Vital statistics of India. Vol. V, Reports of 1876 on armies & jails and on epidemic cholera
Year: 1876
Disease focus: Cholera
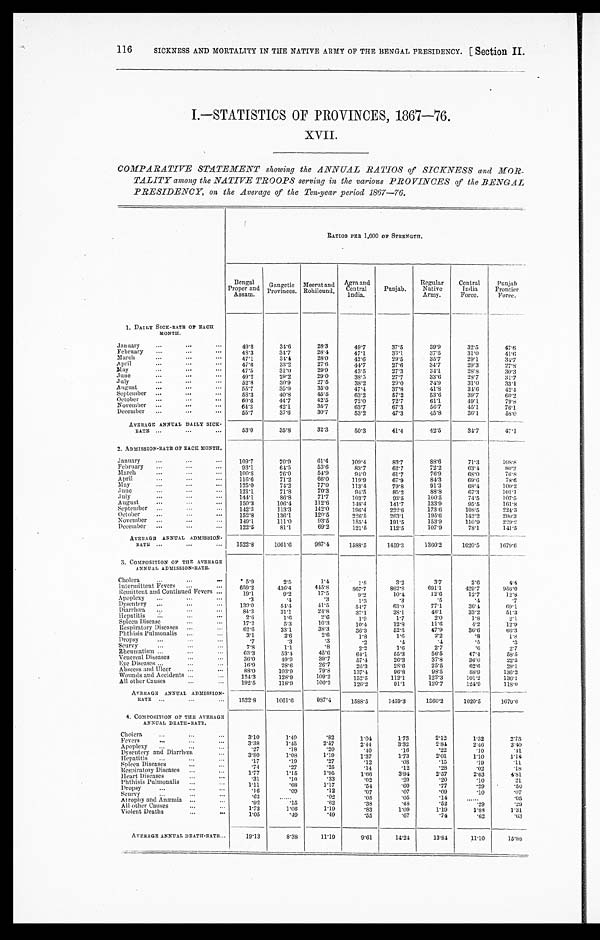
SICKNESS AND MORTALITY IN THE NATIVE ARMY OF THE BENGAL PRESIDENCY. (Section II.
116
I.—STATISTICS OF PROVINCES, 1867—76.
XVII.
COMPARATIVE STATEMENT showing the ANNUAL RATIOS of SICKNESS and MOR
- T A L I T Y a m o n g t h e N A T I V E T R O O P S s e r v i n g i n t h e v a r i o u s P R O V I N C E S o f t h e B E N G A L
PRESIDENCY, on the Average of the Ten-year period 1867—76.
R A T I O S P E R 1 , 0 0 0 O F S T R E N G T H .
Bengal
Proper and
Assam.
Gangetic
Provinces.
Meerut and
Rohilcund.
Agra and
Central
India.
Punjab.
Regular
Native
Army.
Central
India
Force.
P u n j a b
Frontier
Force.
1. DAILY SICK-RATE OF EACH
MONTH.
J a n u a r y . . .
49.8
34.6
28.3
49.7
37.5
39.9
32.5
47.6
February . . .
48.3
34.7
28.4
47.1
33.1
37.5
31.0
4 1 . 6
March . . .
47.1
34.4
28.0
42.6
29.5
35.7
29.1
34.7
April . . .
47.6
33.2
27.6
44.7
27.6
34.7
29.3
2 7 . 8
May . . .
47.5
31.0
29.9
43.5
27.3
34.1
30.3
28.8
June . . .
49.2
29.2
29.0
38.5
27.7
33.6
28.7
3 1 . 7
July . . .
52.8
30.9
27.5
38.2
29.0
34.9
31.0
33.1
August . . .
55.7
35.9
35.0
47.4
37.8
41.8
34.6
42.4
September . . .
58.3
40.8
45.5
63.2
57.2
53.6
39.7
6 0 . 2
October . . .
60.6
44.7
42.5
72.0
72.7
61.1
49.1
79.8
64.3
November . . .
42.1
35.7
63.7
67.3
56.7
45.1
76.1
December . . .
55.7
37.6
30.7
53.2
47.3
45.8
36.1
58.0
AVERAGE ANNUAL DAILY SIC K-
RATE . . .
53.0
35.8
32.3
50.3
41.4
42.5
34.7
47.1
2. ADMISSION-RATE OF EACH MONTH.
January . . .
109.7
70.9
61.4
109.4
83.7
88.6
71.3
108.8
February . . .
93.1
64.5
53.6
83.7
62.7
72.2
63.4
80.2
March . . .
100.8
76.0
54.9
94.0
61.7
76.9
68.0
7 6 . 8
April . . .
116.6
71.2
66.0
119.9
67.9
84.3
69.6
78.6
May . . .
125.0
74.2
77.0
113.4
79.8
91.3
68.4
100.2
June . . .
121.1
71.8
70.3
94.5
85.2
88.8
67.3
101.1
July . . .
144.1
86.8
71.7
103.7
93.5
100.5
74.5
107.5
August . . .
150.3
106.4
112.6
148.4
141.7
133.9
95.5
161.8
September . . .
142.3
113.3
142.0
196.4
222.6
173.6
108.5
224.3
October . . .
152.8
136.1
120.5
226.5
263.1
195.6
142.2
290.3
November . . .
149.1
111.0
93.5
185.4
191.5
153.9
110.9
2 2 9 . 2
December . . .
122.5
81.1
69.2
121.5
112.5
107.9
78.1
141.5
AVERAGE ANNUAL ADMISSION -
RATE . . .
1522.8
1061.6
987.4
1588.5
1459.3
1360.2
1020.5
1679.6
3. COMPOSITION OF THE AVERAGE
ANNUAL ADMISSION-RATE.
Cholera . . .
5.9
2.5
1 . 4
1 . 8
3 . 2
3.7
2. 6
4.4
Intermittent Fevers . . .
659.2
436.4
445.8
867.7
862.8
691.1
429.7
9 5 6 . 0
Remittent and Continued Fevers . . .
19.1
9.2
17.5
9 . 2
10.4
12.6
12. 7
12.8
Apoplexy . . .
.3
. 4
.3
1.3
.3
. 5
. 4
. 7
Dysentery . . .
139.0
54.4
41.5
54.7
63.9
77.1
36. 4
69.1
Diarrhœa . . .
84.3
31.1
24.8
37.1
38.1
46.1
33.2
51.3
Hepatitis . . .
2.6
1.6
2.6
1.9
1.7
2.0
1.8
2.1
Spleen Disease . . .
17.2
5.3
10.3
10.4
12.8
11.6
4 . 2
12.9
Respiratory Diseases . . .
62.6
33.1
38.3
36.3
52.3
47.9
36.6
66.3
Phthisis Pulmonalis . . .
3.1
2.6
2 . 6
1 . 8
1.6
2.2
.8
1 . 8
Dropsy . . .
.7
.3
.3
.2
.4
.4
. 5
. 3
Scurvy . . .
7.8
1.1
.8
2.2
1.6
2.7
.6
2.7
Rheumatism . . .
63.3
53.4
4 5 . 6
6 4 . 1
55.3
56.5
47.4
58.5
Venereal Diseases . . .
36.0
49.9
39.7
57.4
26.3
37.8
36.0
22.3
Eye Diseases . . .
16.9
28.6
26.7
26.3
28.6
25.5
62.6
28.1
Abscess and Ulcer . . .
88.0
103.9
79.8
137.4
96.8
98.5
88. 9
136.2
Wounds and Accidents . . .
124.3
128.9
109.2
152.5
112.1
123.3
101.2
136.1
All other Causes . . .
192.5
118.9
100.2
126.2
91.1
120.7
124.9
118.0
AVERAGE ANNUAL ADMISSION-
RATE . . .
1522.8
1061.6
987.4
1588.5
1459.3
1360.2
1020.5
1679.6
4. COMPOSITION OF THE AVERAGE
ANNUAL. DEATH-RATE.
Cholera . . .
3.10
1.49
. 8
1.04
1.73
2.12
1.32
2 . 7 3
Fevers . . .
3.38
1.45
2.57
2.44
3.32
2.84
2.46
3 . 4 0
Apoplexy . . .
.2 7
.18
.2 0
. 4 0
. 1 6
.22
.10
.41
Dysentery and Diarrhœa . . .
3.80
1.08
1.19
1 . 3 7
1.73
2.01
1.10
1 . 1 8
Hepatitis . . .
.17
.19
.27
.12
. 0 8
.15
.19
.11
Spleen Diseases . . .
.74
.27
.25
.14
.12
.28
.02
.18
Respiratory Diseases . . .
1.77
1 . 1 5
1 . 9 5
1.66
3.94
2.57
2.63
4.81
Heart Diseases . . .
. 3 1
. 1 0
.33
.02
.20
.20
.10
21
Phthisis Pulmonalis . . .
1.ll
.68
1.17
.54
.60
.77
.29
.50
Dropsy . . .
.16
.09
.12
.07
.07
.09
.10
.07
Scurvy . . .
. 6 2
. . .
.02
.05
.05
.14
. . .
.05
Atrophy and Anæmia . . .
.92
.15
.62
.38
.48
.52
.29
.29
All other Causes . . .
1.73
1.06
1.19
.83
1.09
1.19
1.88
1.31
Violent Deaths . . .
1.05
.49
.49
.55
.67
.74
.62
.63
AVERAGE ANNUAL DEATH-RATE . . .
19.13
8.38
11.19
9.61
14.24
13.84
11.10
15.88